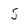
Character: 5